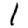
Digit: 1